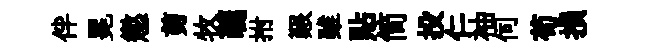
伴冕懲剪牧蘤拊艱雖貼简投仁袖伺苟損